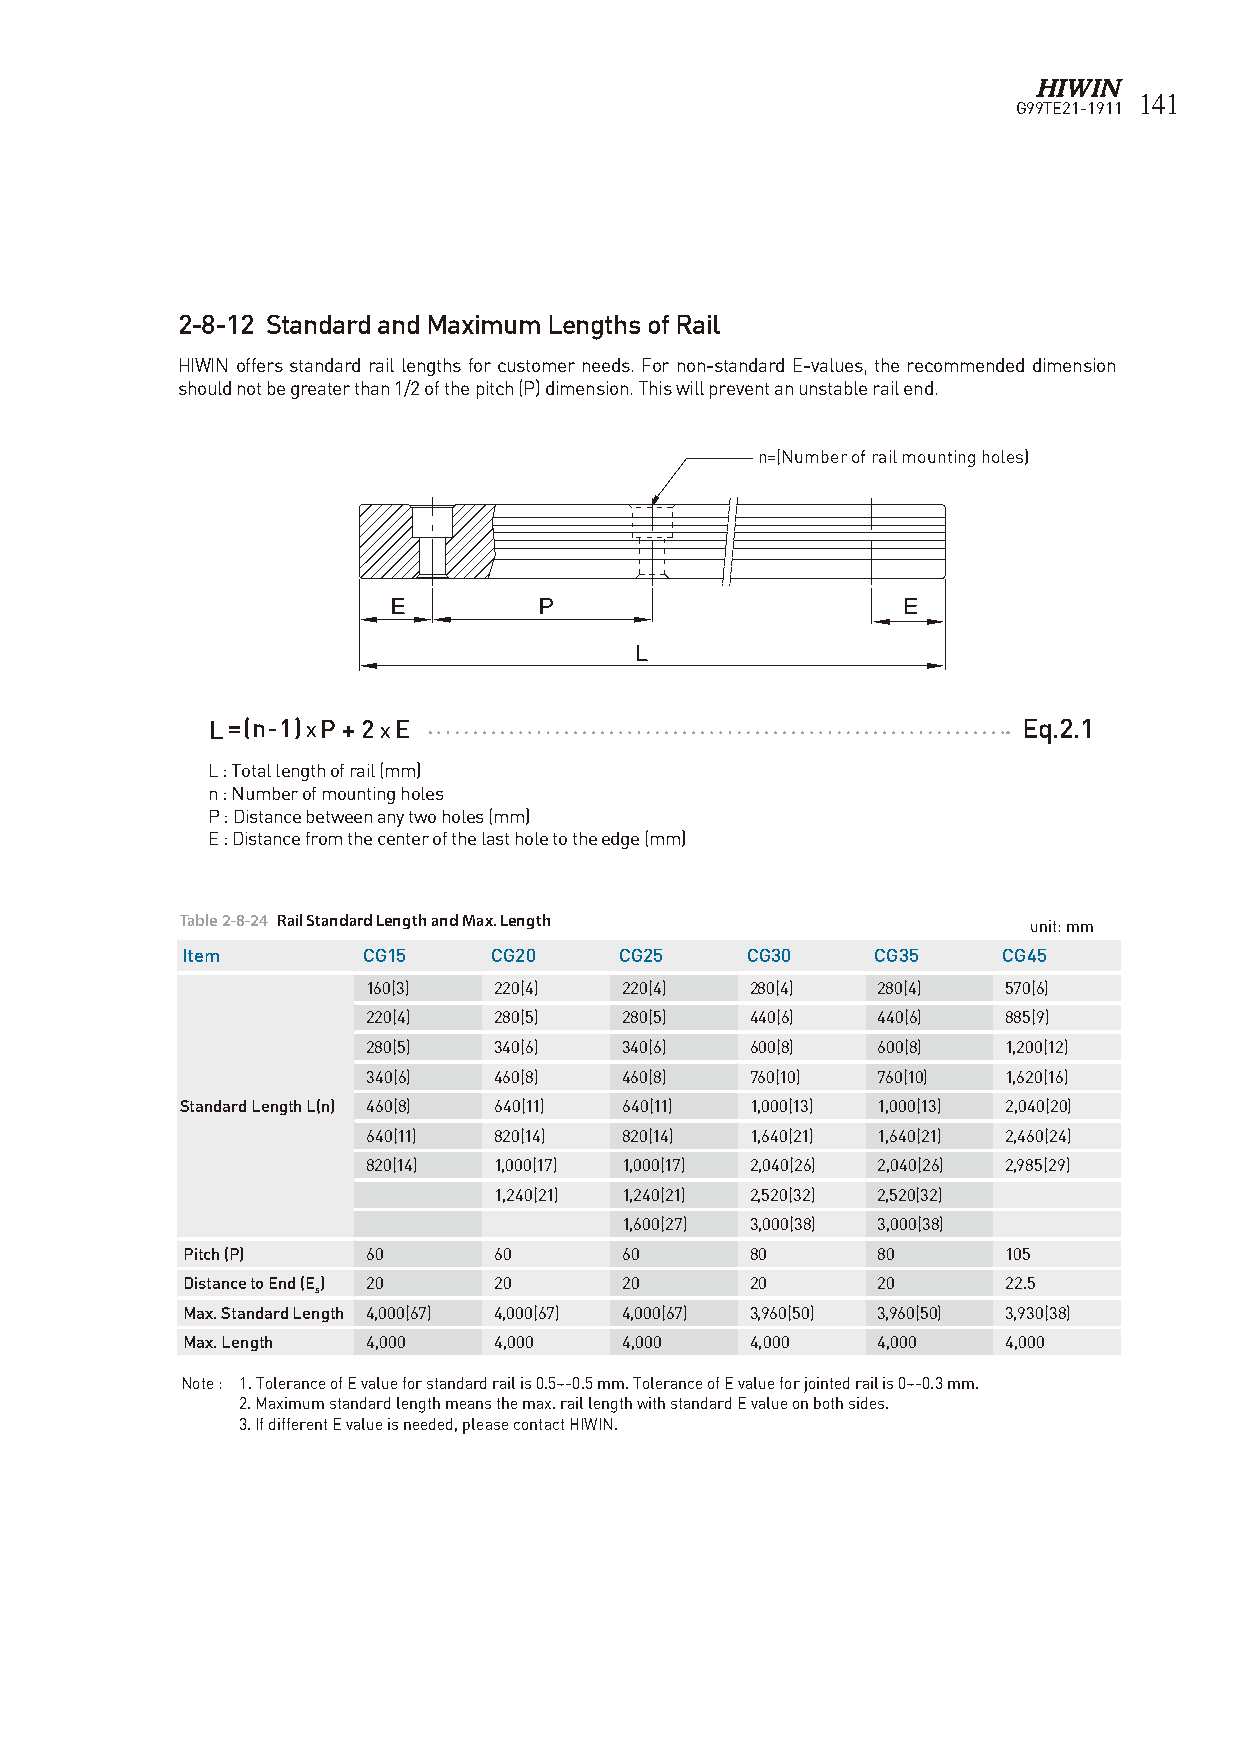
141
 G99TE21-1911
 2-8-12 Standard and Maximum Lengths of Rail
 HIWIN offers standard rail lengths for customer needs. For non-standard E-values, the recommended dimension
 should not be greater than 1/2 of the pitch (P) dimension. This will prevent an unstable rail end.
 n=(Number of rail mounting holes)
 L =(n-1) xP + 2x E                                    Eq.2.1
 L : Total length of rail (mm)
 n : Number of mounting holes
 P : Distance between any two holes (mm)
 E : Distance from the center of the last hole to the edge (mm)
 Table 2-8-24 Rail Standard Length and Max. Length       unit: mm
 Item        CG15    CG20     CG25    CG30     CG35    CG45
 160(3)   220(4)  220(4)   280(4)  280(4)   570(6)
 220(4)   280(5)  280(5)   440(6)  440(6)   885(9)
 280(5)   340(6)  340(6)   600(8)  600(8)   1,200(12)
 340(6)   460(8)  460(8)   760(10) 760(10) 1,620(16)
 Standard Length L(n) 460(8) 640(11) 640(11) 1,000(13) 1,000(13) 2,040(20)
 640(11)  820(14) 820(14)  1,640(21) 1,640(21) 2,460(24)
 820(14)  1,000(17) 1,000(17) 2,040(26) 2,040(26) 2,985(29)
 1,240(21) 1,240(21) 2,520(32) 2,520(32)
 1,600(27) 3,000(38) 3,000(38)
 Pitch (P)   60       60      60       80      80      105
 Distance to End (E) 20 20    20       20      20       22.5
 s
 Max. Standard Length 4,000(67) 4,000(67) 4,000(67) 3,960(50) 3,960(50) 3,930(38)
 Max. Length 4,000    4,000   4,000    4,000   4,000    4,000
 Note : 1. Tolerance of E value for standard rail is 0.5~-0.5 mm. Tolerance of E value for jointed rail is 0~-0.3 mm.
 2. Maximum standard length means the max. rail length with standard E value on both sides.
 3. If different E value is needed, please contact HIWIN.